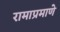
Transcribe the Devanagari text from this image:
रामाप्रमाणे